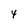
Character: 4